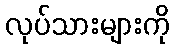
လုပ်သားများကို